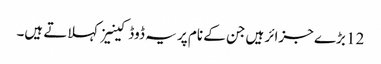
12 بڑے جزائر ہیں جن کے نام پر یہ ڈوڈکینیز کہلاتے ہیں۔